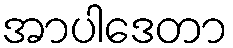
အာပါဒေတာ